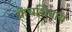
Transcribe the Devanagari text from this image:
फ्रेंचशिवाय